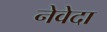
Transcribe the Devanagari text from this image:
नेवेदा